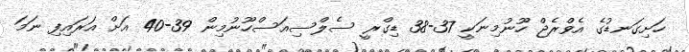
ހަށިގަނޑުގެ އެވްރެޖް ހޫނުމިނަކީ 37-38 ޑިގްރީ ސެލްސިއަސްހޫނުމިން 39-40 އަށް އަރައިފި ނަމަ